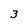
Character: 3